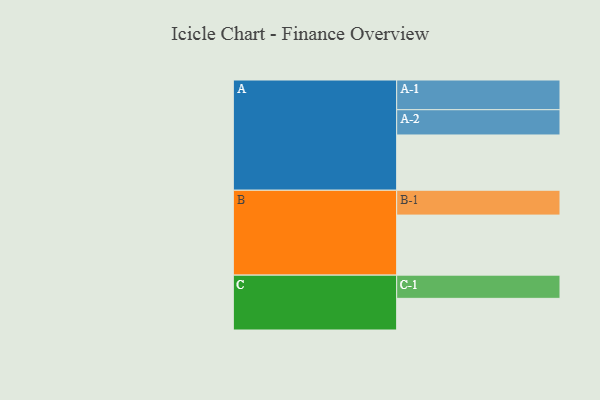
{"axis": {"x": "Segment", "y": "Value"}, "legend": ["", "A", "B", "C"], "data": [{"x": "A", "y": 545, "type": ""}, {"x": "B", "y": 592, "type": ""}, {"x": "C", "y": 312, "type": ""}, {"x": "A-1", "y": 293, "type": "A"}, {"x": "A-2", "y": 249, "type": "A"}, {"x": "B-1", "y": 245, "type": "B"}, {"x": "C-1", "y": 229, "type": "C"}]}